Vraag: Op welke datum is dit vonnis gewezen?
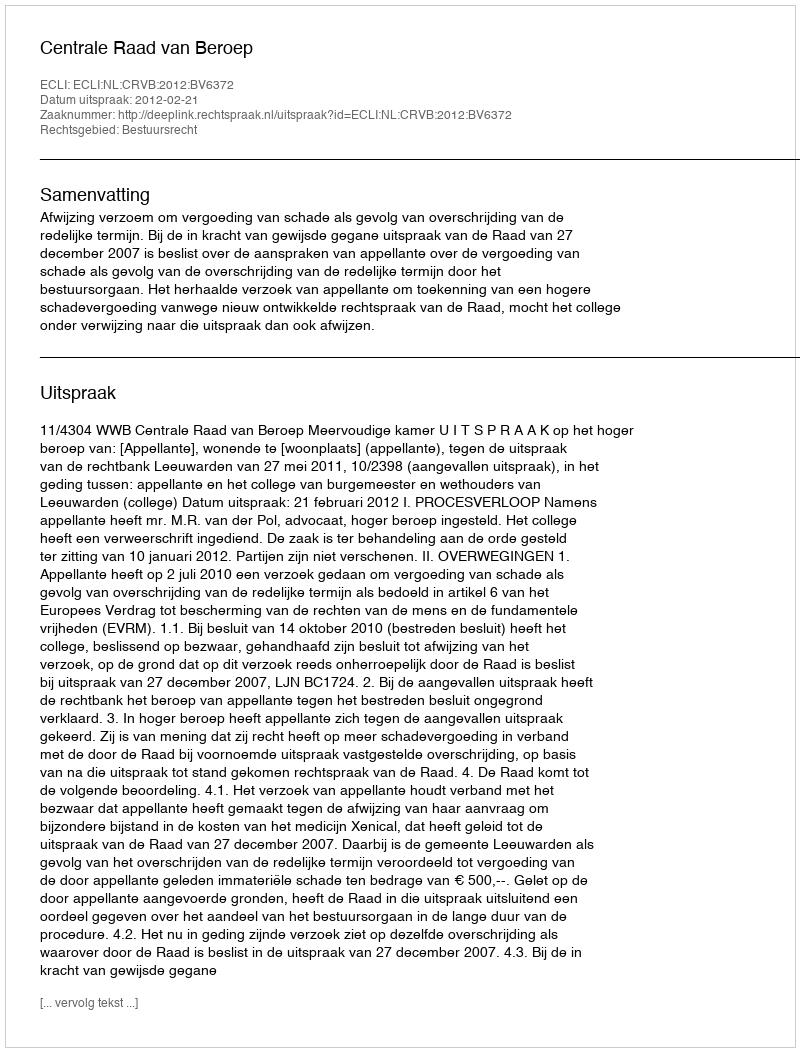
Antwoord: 2012-02-21